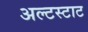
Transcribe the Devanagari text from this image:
अल्टस्टाट